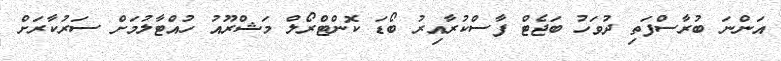
އަންނަ ބުރާސްފަތި ދުވަހު ބަޖެޓް ފާސްކުރާއިރު ބޯޑަ ކޮންޓްރޯލް މަޝްރޫއު ހުއްޓާލުމަށް ސަރުކާރަށް